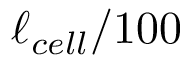
\ell _ { c e l l } / 1 0 0